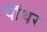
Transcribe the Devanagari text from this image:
पॉथर